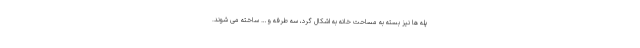
پله ها نیز بسته به مساحت خانه به اشکال گرد، سه طرفه و… ساخته می شوند.